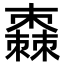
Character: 𣝯